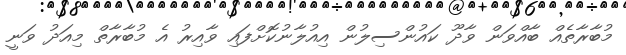
މުބާރާތެއް ބާއްވަން ވާދޫ ކައުންސިލުން އިއުލާނުކޮށްފައި ވާއިރު އެ މުބާރާތް މިއަދު ވަނީ